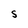
Character: S